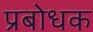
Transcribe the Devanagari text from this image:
प्रबोधक